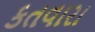
કતવારા